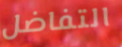
التفاضل